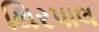
થિરપાલ